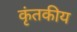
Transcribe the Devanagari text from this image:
कृंतकीय